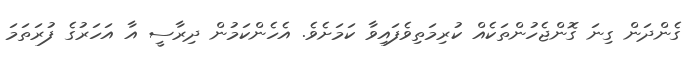
ގެންދަން ގިނަ ގޮންޖެހުންތަކެއް ކުރިމަތިވެފައިވާ ކަމަށެވެ. އެހެންކަމުން ދިރާސީ އާ އަހަރުގެ ފުރަތަމަ